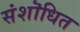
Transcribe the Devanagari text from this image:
संशॊधित